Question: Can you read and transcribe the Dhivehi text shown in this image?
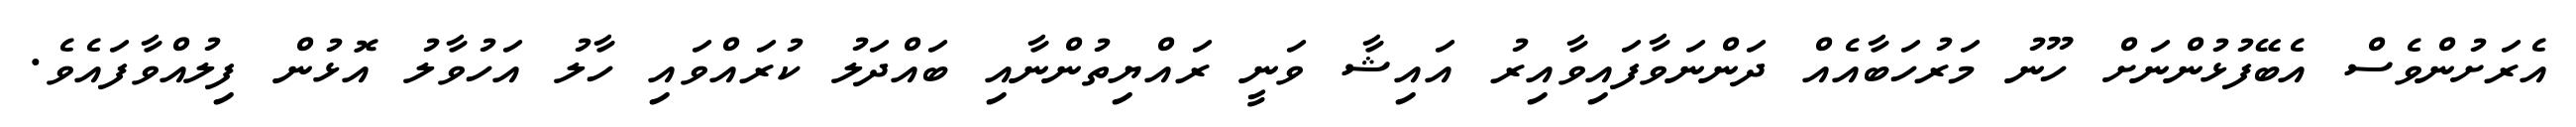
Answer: އެރަށުންވެސް އެބޭފުޅުންނަށް ހޫނު މަރުހަބާއެއް ދަންނަވާފައިވާއިރު އައިޝާ ވަނީ ރައްޔިތުންނާއި ބައްދަލު ކުރައްވައި ހާލު އަހުވާލު އޮޅުން ފިލުއްވާފައެވެ.